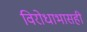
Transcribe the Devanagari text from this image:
विरोधाभासही